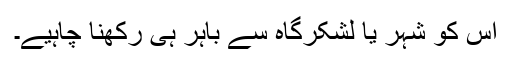
اُس کو شہر یا لشکرگاہ سے باہر ہی رکھنا چاہیے۔